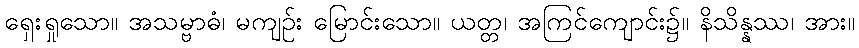
ရှေးရှုသော။ အသမ္ဗာဓံ၊ မကျဉ်း မြောင်းသော။ ယတ္တ၊ အကြင်ကျောင်း၌။ နိသိန္နဿ၊ အား။